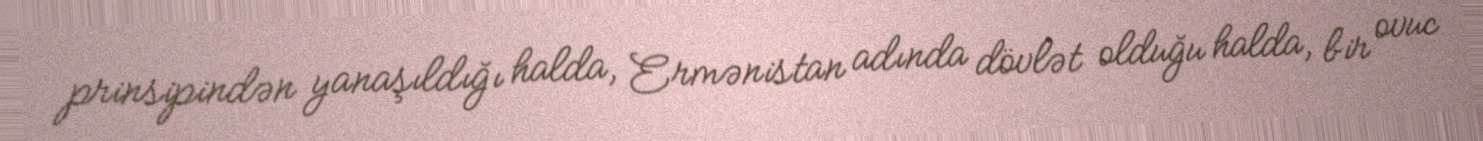
prinsipindən yanaşıldığı halda, Ermənistan adında dövlət olduğu halda, bir ovuc